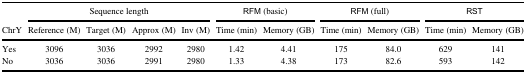
<table><thead><tr><td></td><td colspan="4"><b>Sequence length</b></td><td colspan="2"><b>RFM (basic)</b></td><td colspan="2"><b>RFM (full)</b></td><td colspan="2"><b>RST</b></td></tr><tr><td><b>ChrY</b></td><td><b>Reference (M)</b></td><td><b>Target (M)</b></td><td><b>Approx (M)</b></td><td><b>Inv (M)</b></td><td><b>Time (min)</b></td><td><b>Memory (GB)</b></td><td><b>Time (min)</b></td><td><b>Memory (GB)</b></td><td><b>Time (min)</b></td><td><b>Memory (GB)</b></td></tr></thead><tbody><tr><td>Yes</td><td>3096</td><td>3036</td><td>2992</td><td>2980</td><td>1.42</td><td>4.41</td><td>175</td><td>84.0</td><td>629</td><td>141</td></tr><tr><td>No</td><td>3036</td><td>3036</td><td>2991</td><td>2980</td><td>1.33</td><td>4.38</td><td>173</td><td>82.6</td><td>593</td><td>142</td></tr></tbody></table>